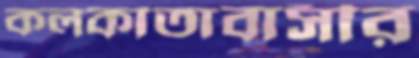
কলকাতাবাসীর